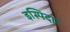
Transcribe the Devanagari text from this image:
इस्पिदार